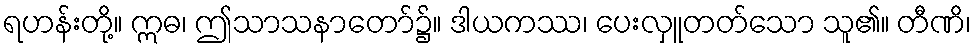
ရဟန်းတို့။ ဣဓ၊ ဤသာသနာတော်၌။ ဒါယကဿ၊ ပေးလှူတတ်သော သူ၏။ တီဏိ၊